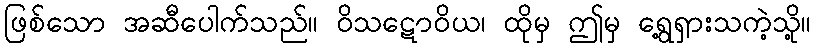
ဖြစ်သော အဆီပေါက်သည်။ ဝိသဋောဝိယ၊ ထိုမှ ဤမှ ရွေ့ရှားသကဲ့သို့။